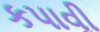
કપાવી